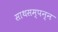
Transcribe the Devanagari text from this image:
साथसम्पन्न